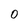
Character: 0